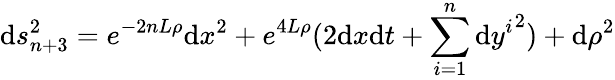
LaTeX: \mathrm{d}s_{n+3}^{2}=e^{-2nL\rho}\mathrm{d}x^{2}+e^{4L\rho}(2\mathrm{d}x\mathrm{d}t+\sum_{i=1}^{n}{\mathrm{d}y^{i}}^{2})+\mathrm{d}\rho^{2}